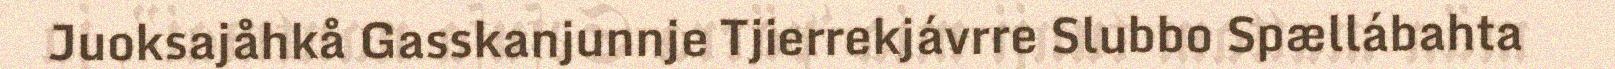
Juoksajåhkå Gasskanjunnje Tjierrekjávrre Slubbo Spællábahta